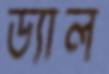
ড্যাল